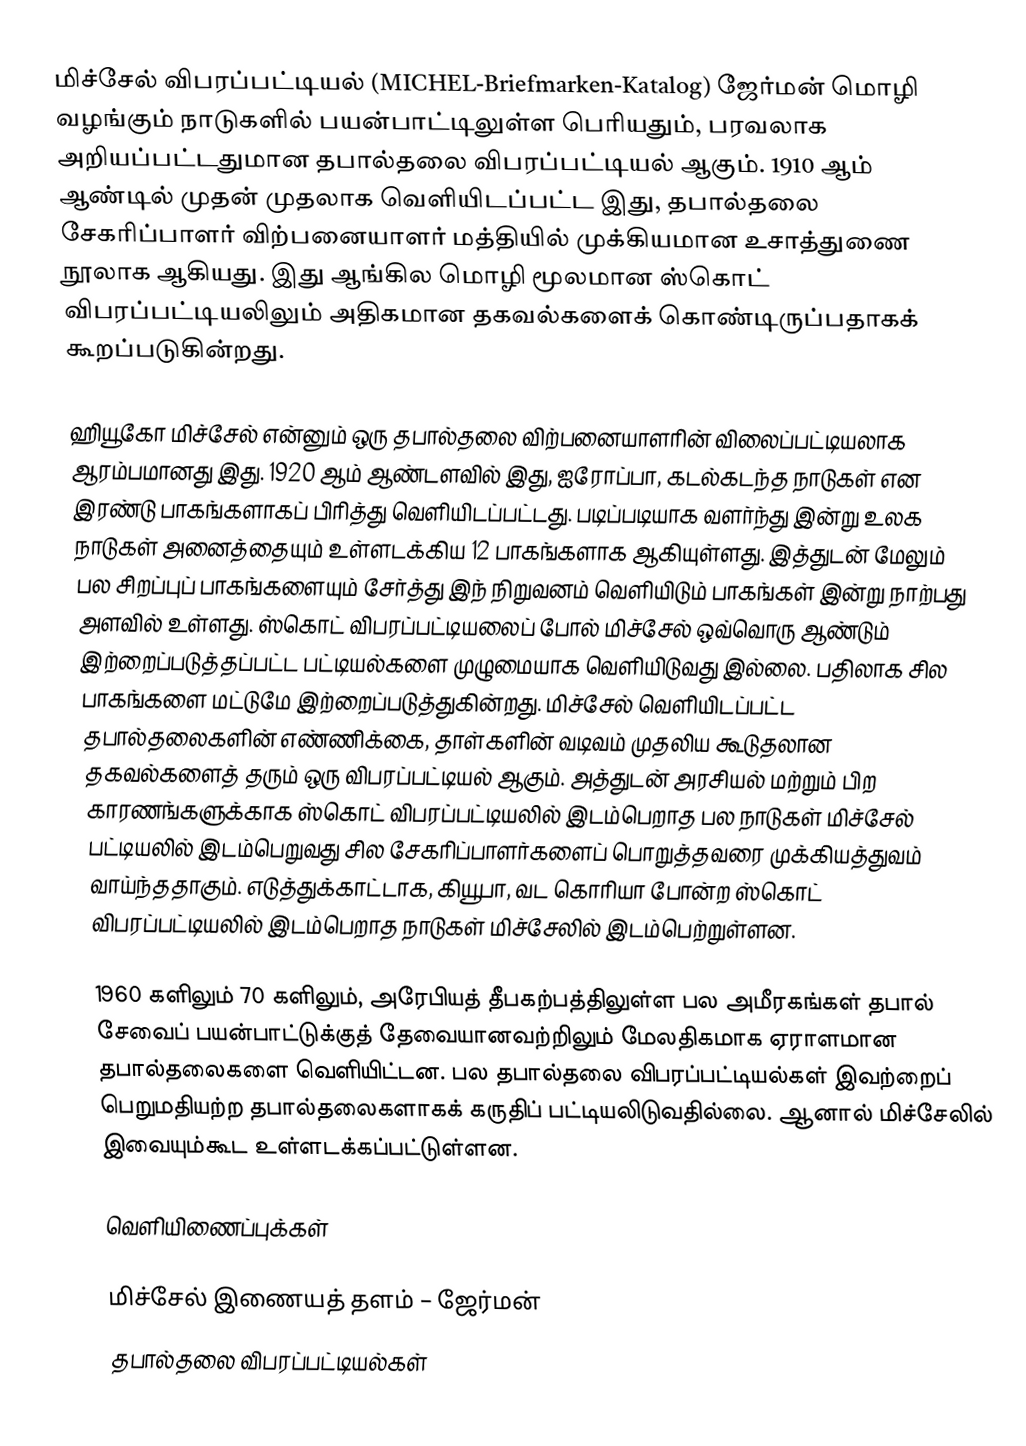
மிச்சேல் விபரப்பட்டியல் (MICHEL-Briefmarken-Katalog) ஜேர்மன் மொழி வழங்கும் நாடுகளில் பயன்பாட்டிலுள்ள பெரியதும், பரவலாக அறியப்பட்டதுமான தபால்தலை விபரப்பட்டியல் ஆகும். 1910 ஆம் ஆண்டில் முதன் முதலாக வெளியிடப்பட்ட இது, தபால்தலை சேகரிப்பாளர் விற்பனையாளர் மத்தியில் முக்கியமான உசாத்துணை நூலாக ஆகியது. இது ஆங்கில மொழி மூலமான ஸ்கொட் விபரப்பட்டியலிலும் அதிகமான தகவல்களைக் கொண்டிருப்பதாகக் கூறப்படுகின்றது.

ஹியூகோ மிச்சேல் என்னும் ஒரு தபால்தலை விற்பனையாளரின் விலைப்பட்டியலாக ஆரம்பமானது இது. 1920 ஆம் ஆண்டளவில் இது, ஐரோப்பா, கடல்கடந்த நாடுகள் என இரண்டு பாகங்களாகப் பிரித்து வெளியிடப்பட்டது. படிப்படியாக வளர்ந்து இன்று உலக நாடுகள் அனைத்தையும் உள்ளடக்கிய 12 பாகங்களாக ஆகியுள்ளது. இத்துடன் மேலும் பல சிறப்புப் பாகங்களையும் சேர்த்து இந் நிறுவனம் வெளியிடும் பாகங்கள் இன்று நாற்பது அளவில் உள்ளது. ஸ்கொட் விபரப்பட்டியலைப் போல் மிச்சேல் ஒவ்வொரு ஆண்டும் இற்றைப்படுத்தப்பட்ட பட்டியல்களை முழுமையாக வெளியிடுவது இல்லை. பதிலாக சில பாகங்களை மட்டுமே இற்றைப்படுத்துகின்றது. மிச்சேல் வெளியிடப்பட்ட தபால்தலைகளின்  எண்ணிக்கை, தாள்களின் வடிவம் முதலிய கூடுதலான தகவல்களைத் தரும் ஒரு விபரப்பட்டியல் ஆகும். அத்துடன் அரசியல் மற்றும் பிற காரணங்களுக்காக ஸ்கொட் விபரப்பட்டியலில் இடம்பெறாத பல நாடுகள் மிச்சேல் பட்டியலில் இடம்பெறுவது சில சேகரிப்பாளர்களைப் பொறுத்தவரை முக்கியத்துவம் வாய்ந்ததாகும். எடுத்துக்காட்டாக, கியூபா, வட கொரியா போன்ற ஸ்கொட் விபரப்பட்டியலில் இடம்பெறாத நாடுகள் மிச்சேலில் இடம்பெற்றுள்ளன.

1960 களிலும் 70 களிலும், அரேபியத் தீபகற்பத்திலுள்ள பல அமீரகங்கள் தபால் சேவைப் பயன்பாட்டுக்குத் தேவையானவற்றிலும் மேலதிகமாக ஏராளமான தபால்தலைகளை வெளியிட்டன. பல தபால்தலை விபரப்பட்டியல்கள் இவற்றைப் பெறுமதியற்ற தபால்தலைகளாகக் கருதிப் பட்டியலிடுவதில்லை. ஆனால் மிச்சேலில் இவையும்கூட உள்ளடக்கப்பட்டுள்ளன.

வெளியிணைப்புக்கள்

மிச்சேல் இணையத் தளம் – ஜேர்மன்
தபால்தலை விபரப்பட்டியல்கள்